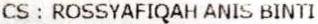
CS : ROSSYAFIQAH ANIS BINTI